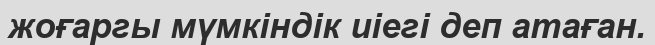
жоғаргы мүмкіндік иіегі деп атаған.